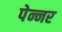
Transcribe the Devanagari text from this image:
पेन्नर